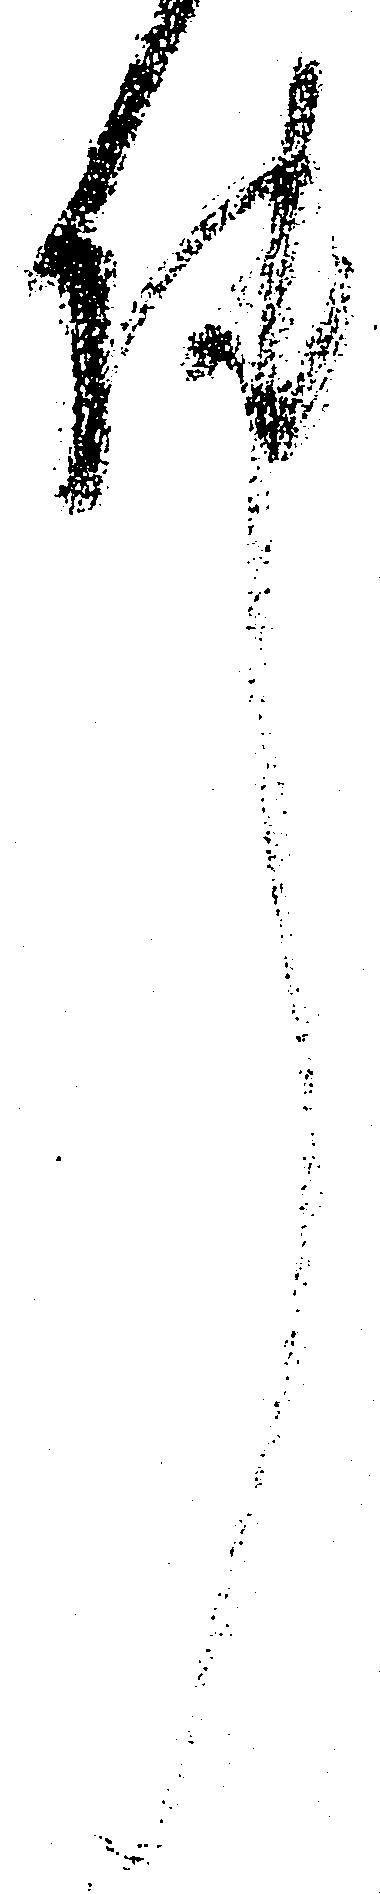
件